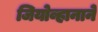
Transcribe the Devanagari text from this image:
जियोव्हानाने